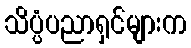
သိပ္ပံပညာရှင်များက